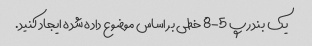
یک بند رپ 5-8 خطی بر اساس موضوع داده شده ایجاد کنید.